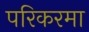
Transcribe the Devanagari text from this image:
परिकरमा